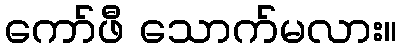
ကော်ဖီ သောက်မလား။